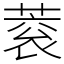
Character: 蓘